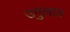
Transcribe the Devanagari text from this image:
उगुलात